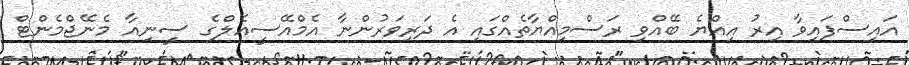
އައިސްފައިވާ އިރު އިއްޔެ ބޭއްވި ރަސްމިއްޔާތެއްގައި އެ ދަރިވަރުންނާ އެމްއޭސީއެލްގެ ސީނިއާ މެނޭޖްމެންޓް